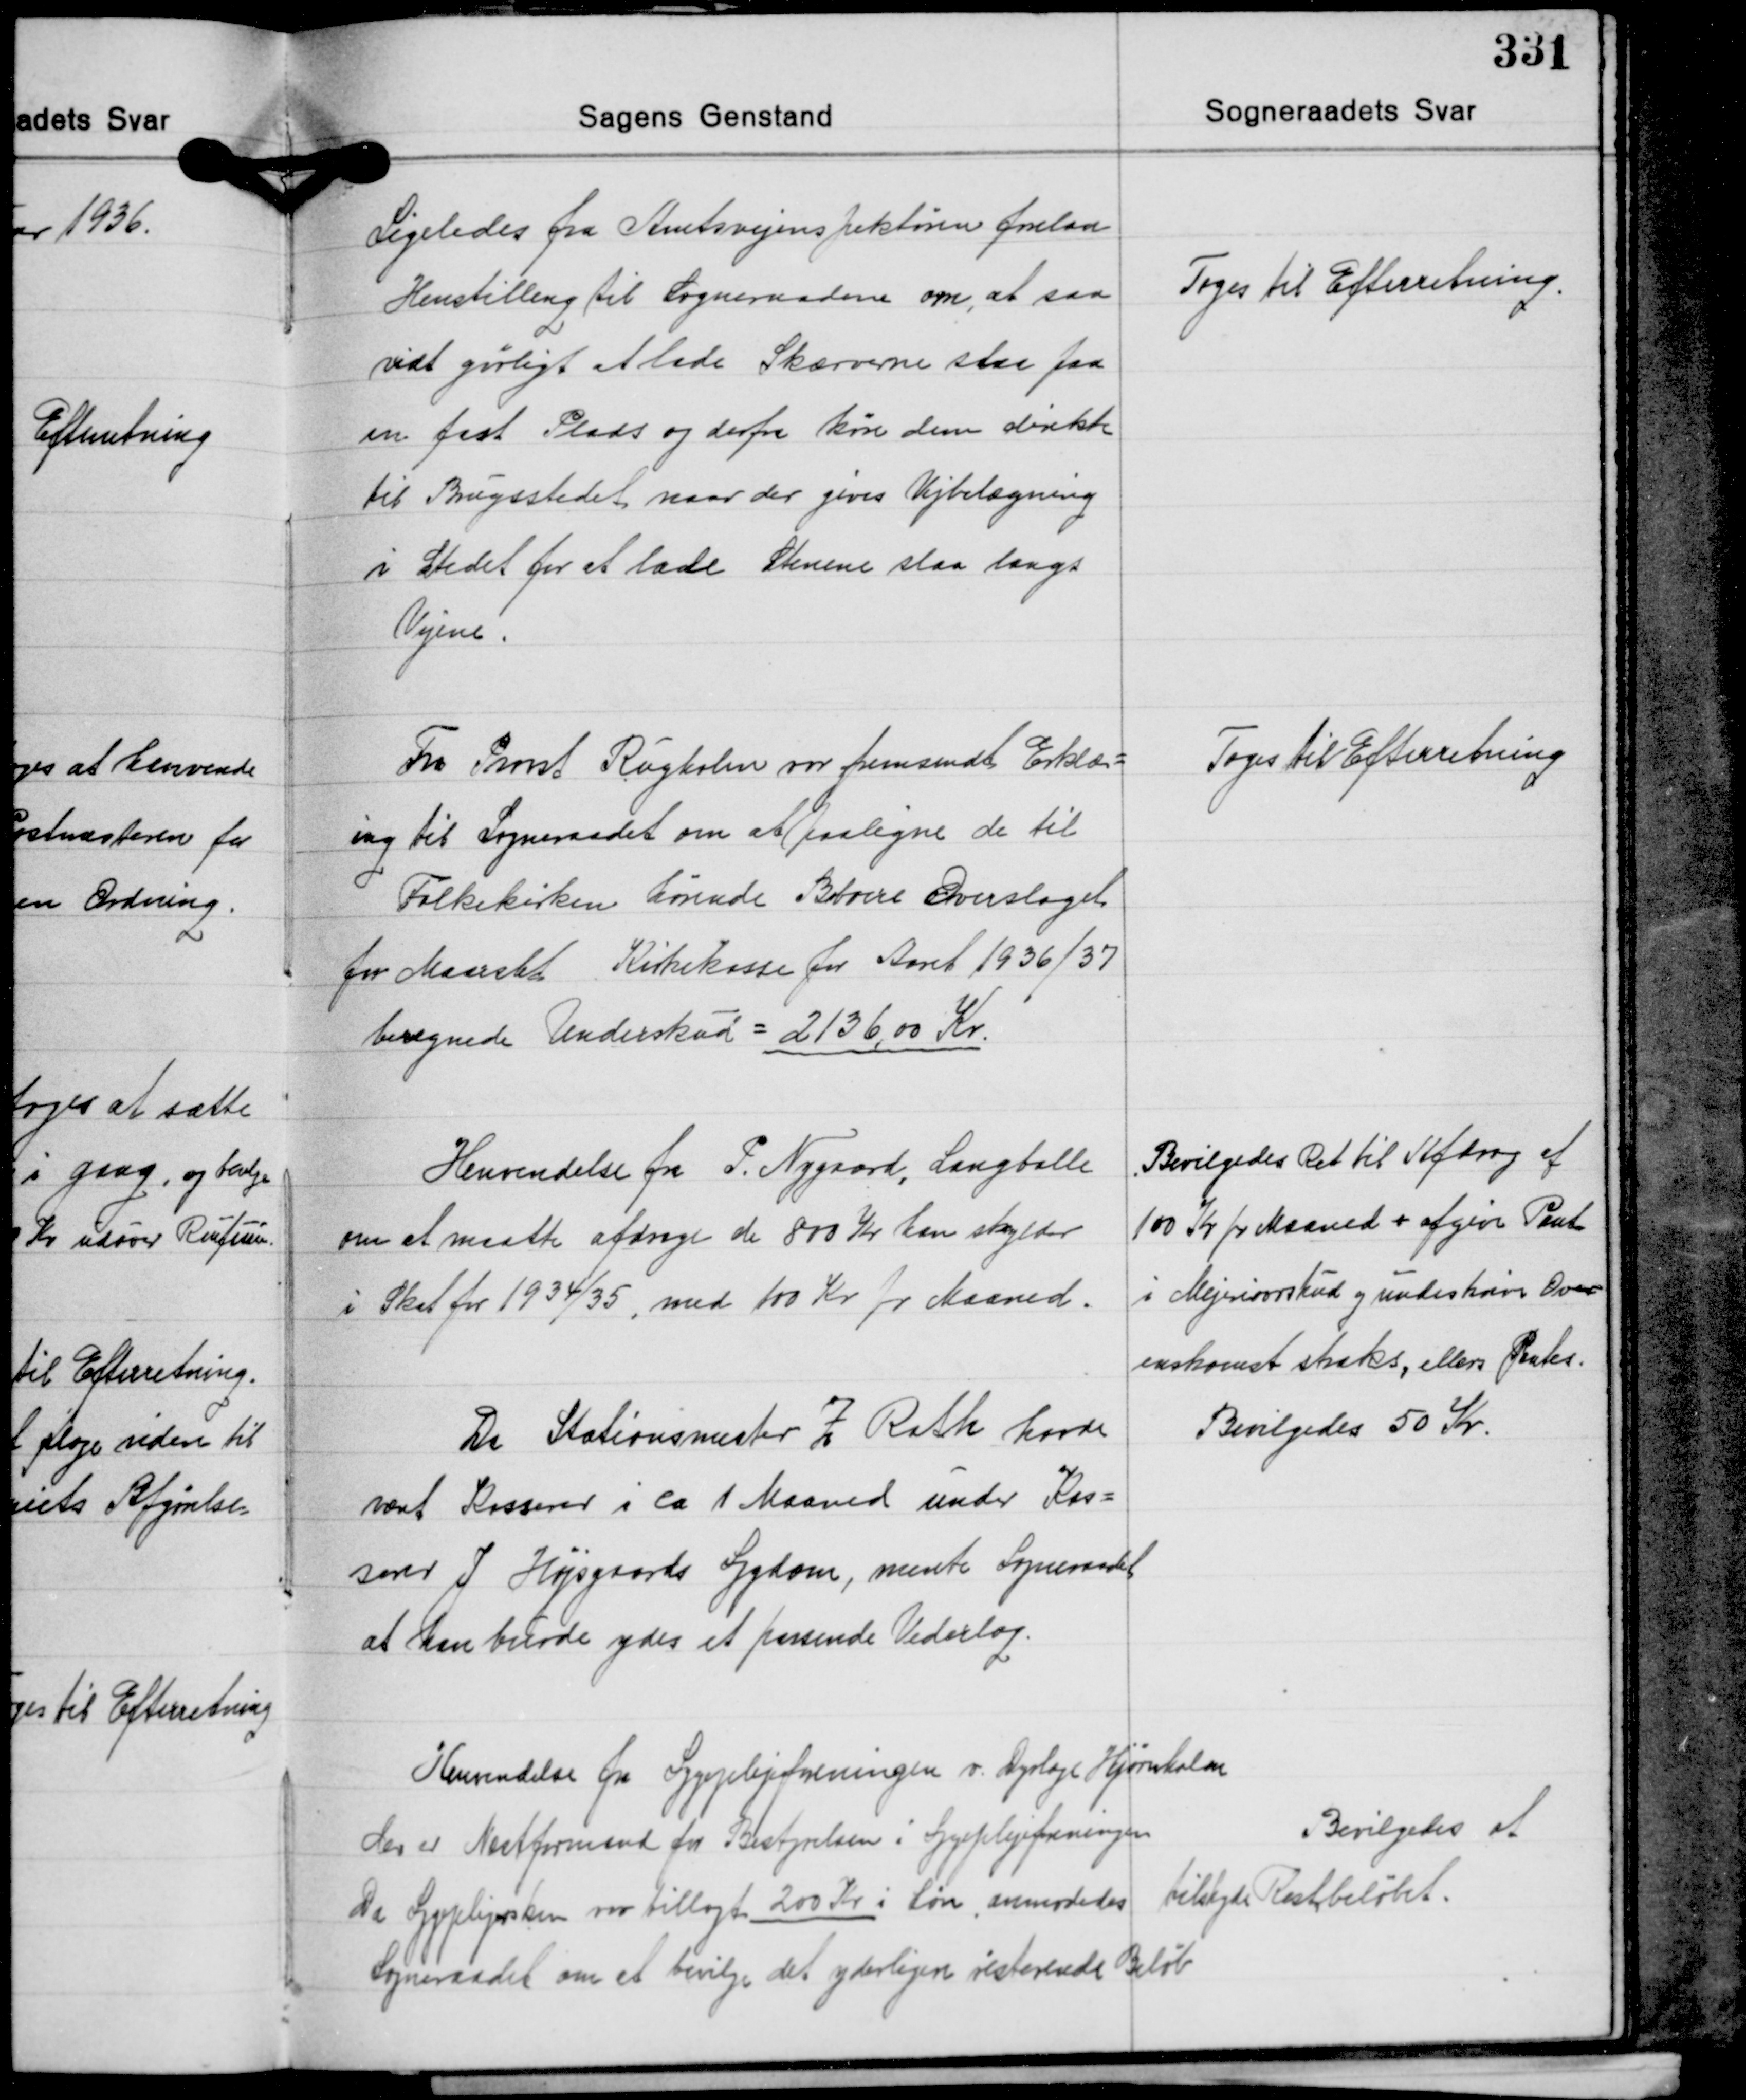
Transskription:
Ligeledes fra Amtsvejinspektøren forelaa
Henstilling til Sogneraadene om, at saa
vidt gørligt at lade Skærverne staa paa
en fast Plads og derfra køre dem direkte
til Brugsstedet naar der gives Vejbelægning
i Stedet for at lade Stenene staa langs
Vejene.

Toges til Efterretning.

Fra Provst Rugholm var fremsendt Erklær-
ing til Sogneraadet om at paaligne de til
Folkekirken hørende Beboere Overslaget
for Maarslet Kirkekasse for Aaret 1936/37
beregnede Underskud = 2136,00 Kr.

Toges til Efterretning

Henvendelse fra P. Nygaard, Langballe
om at maatte afdrage de 800 Kr. han skylder
i Skat for 1934/35, med 100 Kr. pr. Maaned.

Bevilgedes Ret til Afdrag af
100 Kr. pr. Maaned + afgive Pant
i Mejerioverskud og undeskrive Over-
enskomst straks, ellers Renter.

Da Stationsmester Z. Rath havde
været Kasserer i ca. 1 Maaned under Kas-
serer J. Højsgaards Sygdom, mente Sogneraadet
at han burde ydes et passende Vederlag.

Bevilgedes 50 Kr.

Henvendelse fra Sygeplejeforeningen v. Dyrlæge Hjørnholm
der er Næstformand for Bestyrelsen i Sygeplejeforeningen
Da Sygeplejersken var tillagt 200 Kr. i Løn anmodedes

Bevilgedes at
tilskyde Restbeløbt.

Sogneraadet om at bevilge det yderligere resterende Beløb